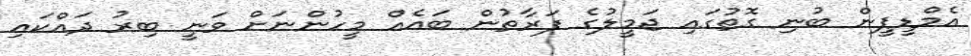
އެމްޑީޕީން ބުނި ގޮތުގައި ޖަމީލުގެ ފަރާތުން ބައެއް މީހުންނަށް ވަނީ ބިރު ދައްކައި